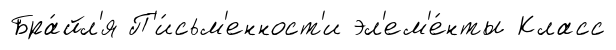
Бра́йл'я П'и́сьм'енност'и эл'ем'е́нты Класс